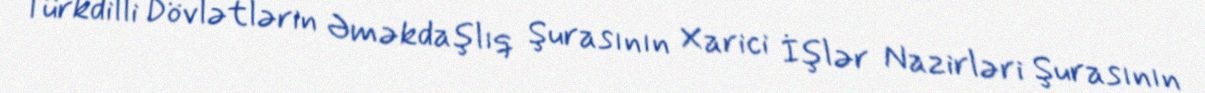
Türkdilli Dövlətlərin Əməkdaşlıq Şurasının Xarici İşlər Nazirləri Şurasının